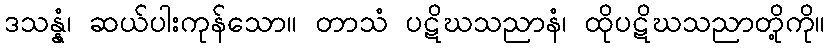
ဒသန္နံ၊ ဆယ်ပါးကုန်သော။ တာသံ ပဋိဃသညာနံ၊ ထိုပဋိဃသညာတို့ကို။